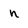
Character: n